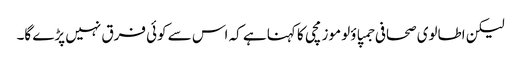
لیکن اطالوی صحافی جمپاؤلو موزمچی کا کہنا ہے کہ اس سے کوئی فرق نہیں پڑے گا۔